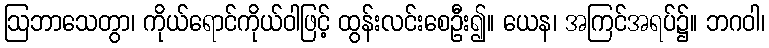
ဩဘာသေတွာ၊ ကိုယ်ရောင်ကိုယ်ဝါဖြင့် ထွန်းလင်းစေဦး၍။ ယေန၊ အကြင်အရပ်၌။ ဘဂဝါ၊